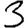
Digit: 3